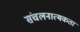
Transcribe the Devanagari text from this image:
संचलनात्मकता